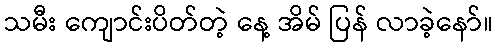
သမီး ကျောင်းပိတ်တဲ့ နေ့ အိမ် ပြန် လာခဲ့နော်။